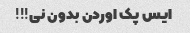
ایس پک اوردن بدون نی!!!